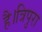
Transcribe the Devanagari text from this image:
है।त्रिपुरा